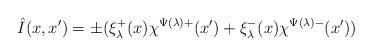
LaTeX: \begin{align*}\hat{I}(x,x')=\pm(\xi_\lambda^+(x)\chi^{\Psi(\lambda)+}(x')+\xi_\lambda^-(x)\chi^{\Psi(\lambda)-}(x'))\end{align*}